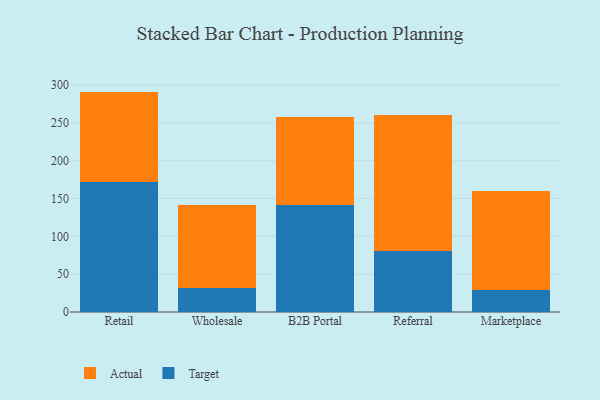
{"axis": {"x": "Channel", "y": "Tickets Resolved"}, "legend": ["Actual", "Target"], "data": [{"x": "Retail", "y": 171.5, "type": "Target"}, {"x": "Retail", "y": 119.9, "type": "Actual"}, {"x": "Wholesale", "y": 32.3, "type": "Target"}, {"x": "Wholesale", "y": 108.6, "type": "Actual"}, {"x": "B2B Portal", "y": 141.5, "type": "Target"}, {"x": "B2B Portal", "y": 116.2, "type": "Actual"}, {"x": "Referral", "y": 81.3, "type": "Target"}, {"x": "Referral", "y": 179.8, "type": "Actual"}, {"x": "Marketplace", "y": 29.5, "type": "Target"}, {"x": "Marketplace", "y": 130.1, "type": "Actual"}]}